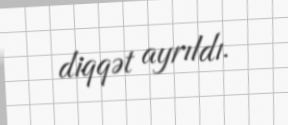
diqqət ayrıldı.